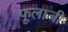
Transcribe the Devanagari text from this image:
फूलाजी